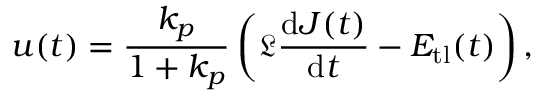
u ( t ) = \frac { k _ { p } } { 1 + k _ { p } } \left( \mathfrak { L } \frac { \mathrm { d } J ( t ) } { \mathrm { d } t } - E _ { \mathrm { t l } } ( t ) \right) ,